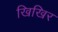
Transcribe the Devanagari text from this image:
खिखिर